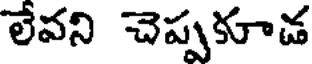
లేవని చెప్పకూడ